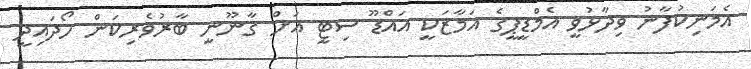
އެމަނިކުފާނު ވިދާޅުވީ އެމްޑީޕީގެ އަމާޒަކީ އައްޑޫ ސިޓީ އަށް ގާނޫނީ ބާރުވެރިކަން ހޯދައިދީ